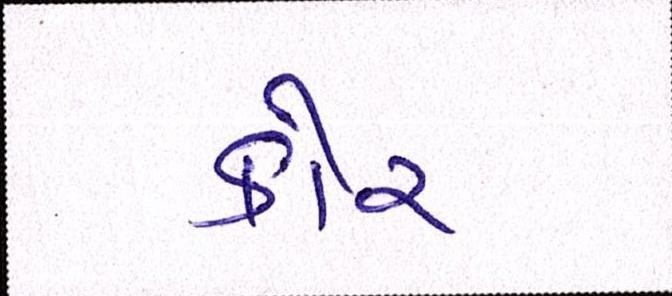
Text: કોર